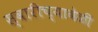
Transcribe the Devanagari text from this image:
स्वारीच्यावेळी